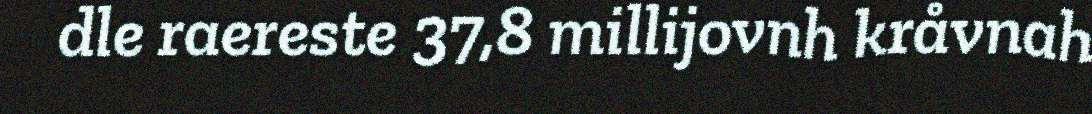
dle raereste 37,8 millijovnh kråvnah